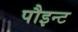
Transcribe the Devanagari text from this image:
पौइन्ट